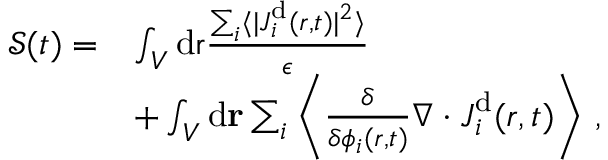
\begin{array} { r l } { { \mathcal { S } } ( t ) = } & { \int _ { V } \mathrm { d } \mathbf { { \boldsymbol { r } } } \frac { \sum _ { i } \langle \vert { { \boldsymbol { J } } } _ { i } ^ { \mathrm { d } } ( { \boldsymbol { r } } , t ) \vert ^ { 2 } \rangle } { \epsilon } } \\ & { + \int _ { V } \mathrm { d } \mathbf { r } \sum _ { i } \left\langle \frac { \delta } { \delta { \phi _ { i } ( \boldsymbol { r } , t ) } } \nabla \cdot { \boldsymbol { J } } _ { i } ^ { \mathrm { d } } ( { \boldsymbol { r } } , t ) \right\rangle \, , } \end{array}